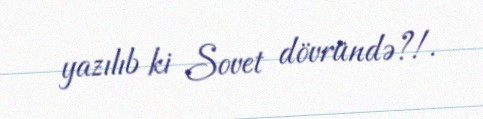
yazılıb ki Sovet dövründə?!.